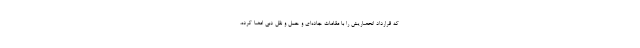
که قرارداد انحصاریش را با مقامات جاده‌ای و حمل و نقل دبی امضا کرده،